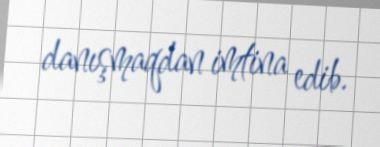
danışmaqdan imtina edib.